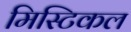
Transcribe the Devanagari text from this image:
मिस्टिकल